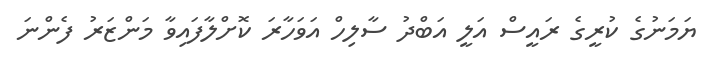
ޔަމަނުގެ ކުރީގެ ރައީސް އަލީ އަބްދު ސާލިހް އަވަހާރަ ކޮށްލާފައިވާ މަންޒަރު ފެންނަ